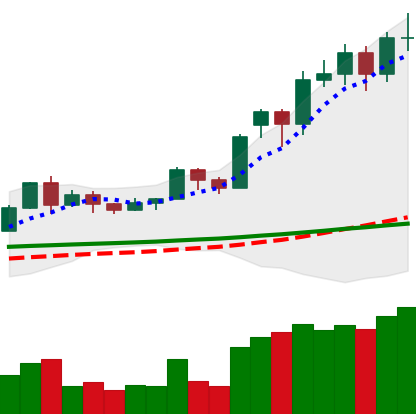
Ticker: LTC-USD
Chart end date: 2020-11-24
Forward return: -11.177%
Label: down_7plus